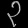
Digit: ၃